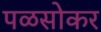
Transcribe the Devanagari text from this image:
पळसोकर